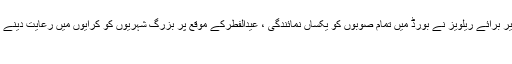
نگران وفاقی وزیر برائے ریلویز نے بورڈ میں تمام صوبوں کو یکساں نمائندگی ، عیدالفطرکے موقع پر بزرگ شہریوں کو کرایوں میں رعایت دینے کی ہدایت کردی
لاہور۔